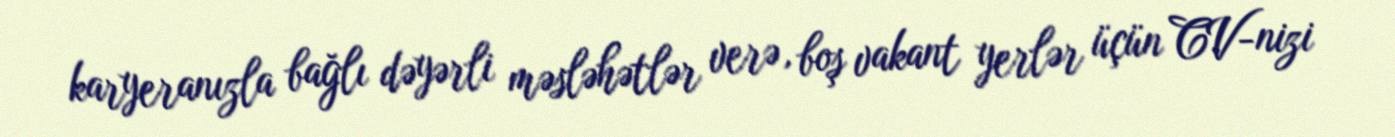
karyeranızla bağlı dəyərli məsləhətlər verə, boş vakant yerlər üçün CV-nizi